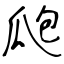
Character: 瓟